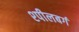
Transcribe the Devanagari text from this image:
श्पीलबर्ग